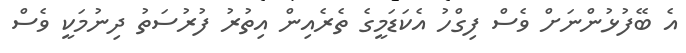
އެ ބޭފުޅުންނަށް ވެސް ފިގްހު އެކަޑަމީގެ ތެރެއިން އިތުރު ފުރުސަތު ދިނުމަކީ ވެސް